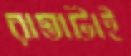
রাস্তাটাই